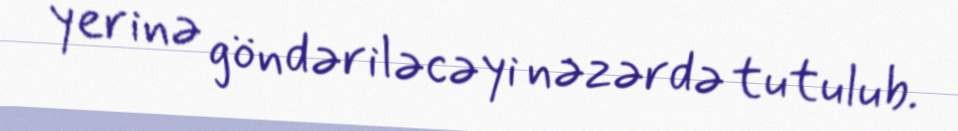
yerinə göndəriləcəyi nəzərdə tutulub.